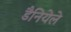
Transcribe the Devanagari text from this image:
डैनियेले